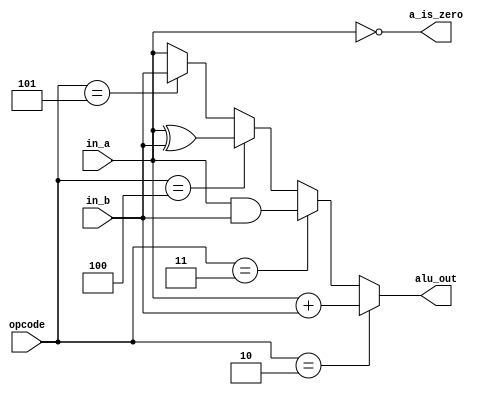
module alu
#(
  parameter WIDTH=8
 )
 (
  input  wire [      2:0] opcode    ,
  input  wire [WIDTH-1:0] in_a      ,
  input  wire [WIDTH-1:0] in_b      ,
  output reg              a_is_zero ,
  output reg  [WIDTH-1:0] alu_out    
 );

  localparam PASS0=0, PASS1=1, ADD=2, AND=3, XOR=4, PASSB=5, PASS6=6, PASS7=7;

  always @*
    begin
      a_is_zero = (in_a == 0);
      if ( opcode == ADD   ) alu_out = in_a + in_b; else
      if ( opcode == AND   ) alu_out = in_a & in_b; else
      if ( opcode == XOR   ) alu_out = in_a ^ in_b; else
      if ( opcode == PASSB ) alu_out = in_b ; else
                             alu_out = in_a ;
    end

endmodule